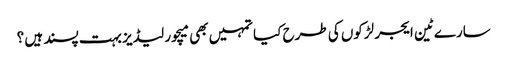
سارے ٹین ایجر لڑکوں کی طرح کیا تمہیں بھی میچور لیڈیز بہت پسند ہیں ؟